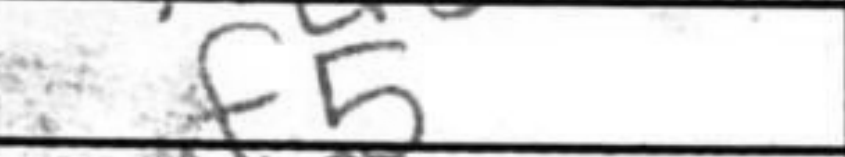
Transcription: f5